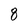
Character: 8